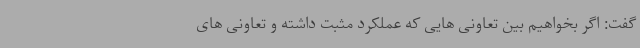
گفت: اگر بخواهیم بین تعاونی هایی که عملکرد مثبت داشته و تعاونی های